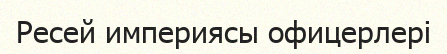
Ресей империясы офицерлері